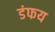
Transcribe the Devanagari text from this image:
डंफय